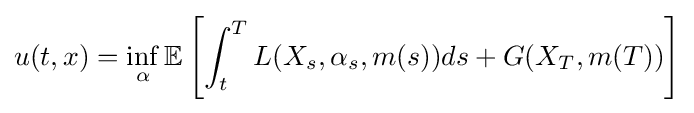
u(t,x)=\inf _{\alpha }\mathbb {E} \left[\int _{t}^{T}L(X_{s},\alpha _{s},m(s))ds+G(X_{T},m(T))\right]